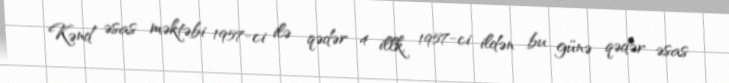
Kənd əsas məktəbi 1957-ci ilə qədər 4 illk, 1957-ci ildən bu günə qədər əsas